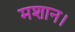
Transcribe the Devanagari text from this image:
मशान।